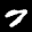
Label: 7